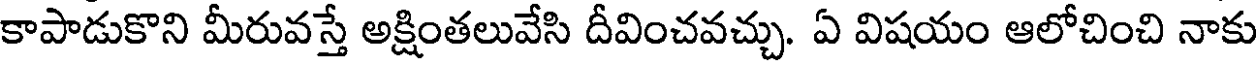
కాపాడుకొని మీరువస్తే అక్షింతలువేసి దీవించవచ్చు. ఏ విషయం ఆలోచించి నాకు